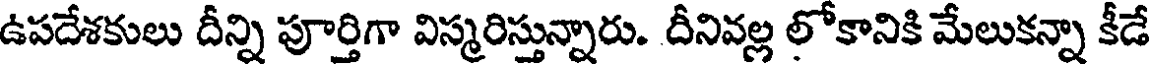
ఉపదేశకులు దీన్ని పూర్తిగా విస్మరిస్తున్నారు. దీనివల్ల లోకానికి మేలుకన్నా కీడే